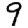
Digit: 9